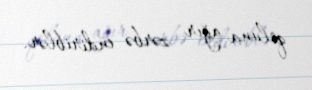
qoluna ağır zərbə endiriblər.